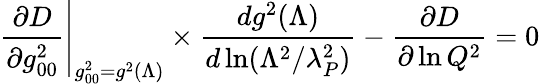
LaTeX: \left.{\frac{\partial D}{\partial g_{00}^{2}}}\right|_{g_{00}^{2}=g^{2}(\Lambda)}\times{\frac{dg^{2}(\Lambda)}{d\ln(\Lambda^{2}/\lambda_{P}^{2})}}-{\frac{\partial D}{\partial\ln Q^{2}}}=0